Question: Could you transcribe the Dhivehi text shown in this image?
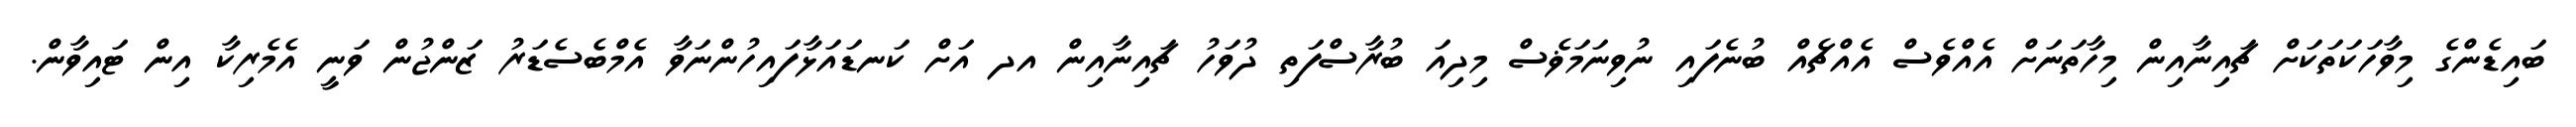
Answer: ބައިޑެންގެ މިވާހަކަތަކަށް ޗައިނާއިން މިހާތަނަށް އެއްވެސް އެއްޗެއް ބުނެފައި ނުވިނަމަޥެސް މިދިއަ ބުރާސްފަތި ދުވަހު ޗައިނާއިން އދ އަށް ކަނޑައަޅާފައިހުންނަވާ އެމްބެސެޑަރު ޒަންޖުން ވަނީ އެމެރިކާ އިން ޓައިވާން.